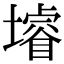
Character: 龼